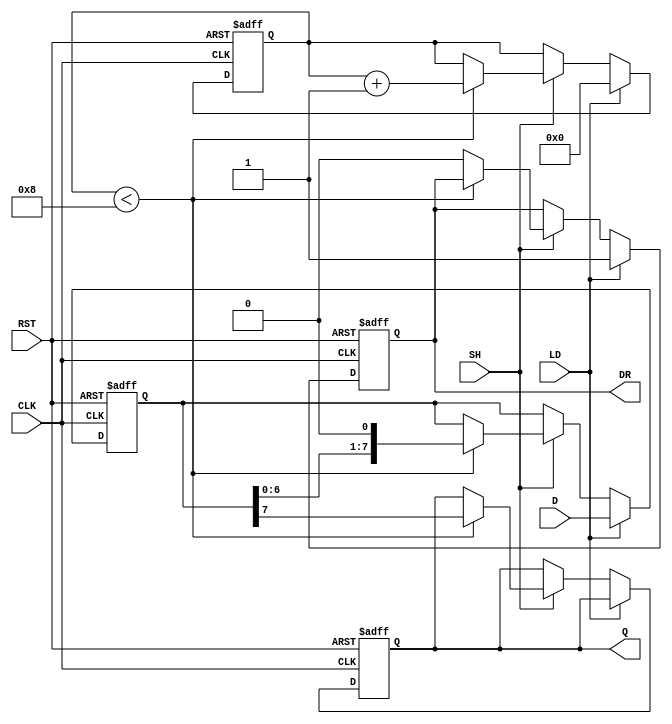
module PISO_Register (
    input wire [7:0] D,      // Parallel Data Input
    input wire LD,           // Load Signal
    input wire SH,           // Shift Signal
    input wire CLK,          // Clock Signal
    input wire RST,          // Reset Signal
    output reg Q,            // Serial Output
    output reg DR            // Data Ready Signal
);

    reg [7:0] shift_reg;     // Storage Register (8-bit shift register)
    reg [3:0] bit_count;     // Counter for the number of bits shifted out

    always @(posedge CLK or posedge RST) begin
        if (RST) begin
            shift_reg <= 8'b0; // Clear the shift register
            Q <= 1'b0;         // Clear the serial output
            DR <= 1'b0;        // Clear the Data Ready signal
            bit_count <= 4'b0; // Reset bit counter
        end else begin
            if (LD) begin
                shift_reg <= D; // Load parallel data into the shift register
                bit_count <= 4'b0; // Reset bit counter
                DR <= 1'b1;    // Assert Data Ready signal
            end else if (SH) begin
                if (bit_count < 8) begin
                    Q <= shift_reg[7]; // Output the MSB
                    shift_reg <= {shift_reg[6:0], 1'b0}; // Shift left
                    bit_count <= bit_count + 1; // Increment bit counter
                end else begin
                    DR <= 1'b0; // Deassert Data Ready signal when done shifting
                end
            end
        end
    end

endmodule